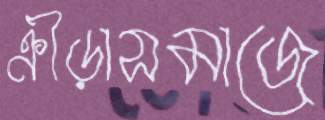
ক্রীড়াসমাজে